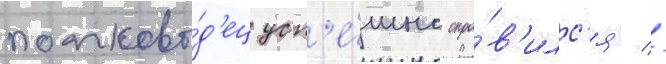
полково́д'ец усп'е́шно спра́в'илс'я //